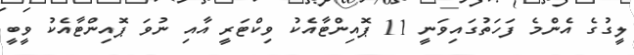
ލީގުގެ އެންމެ ފަހަތުގައިވަނީ 11 ޕޮއިންޓާއެކު ވިކްޓަރީ އާއި ނުވަ ޕޮއިންޓާއެކު ވީބީ